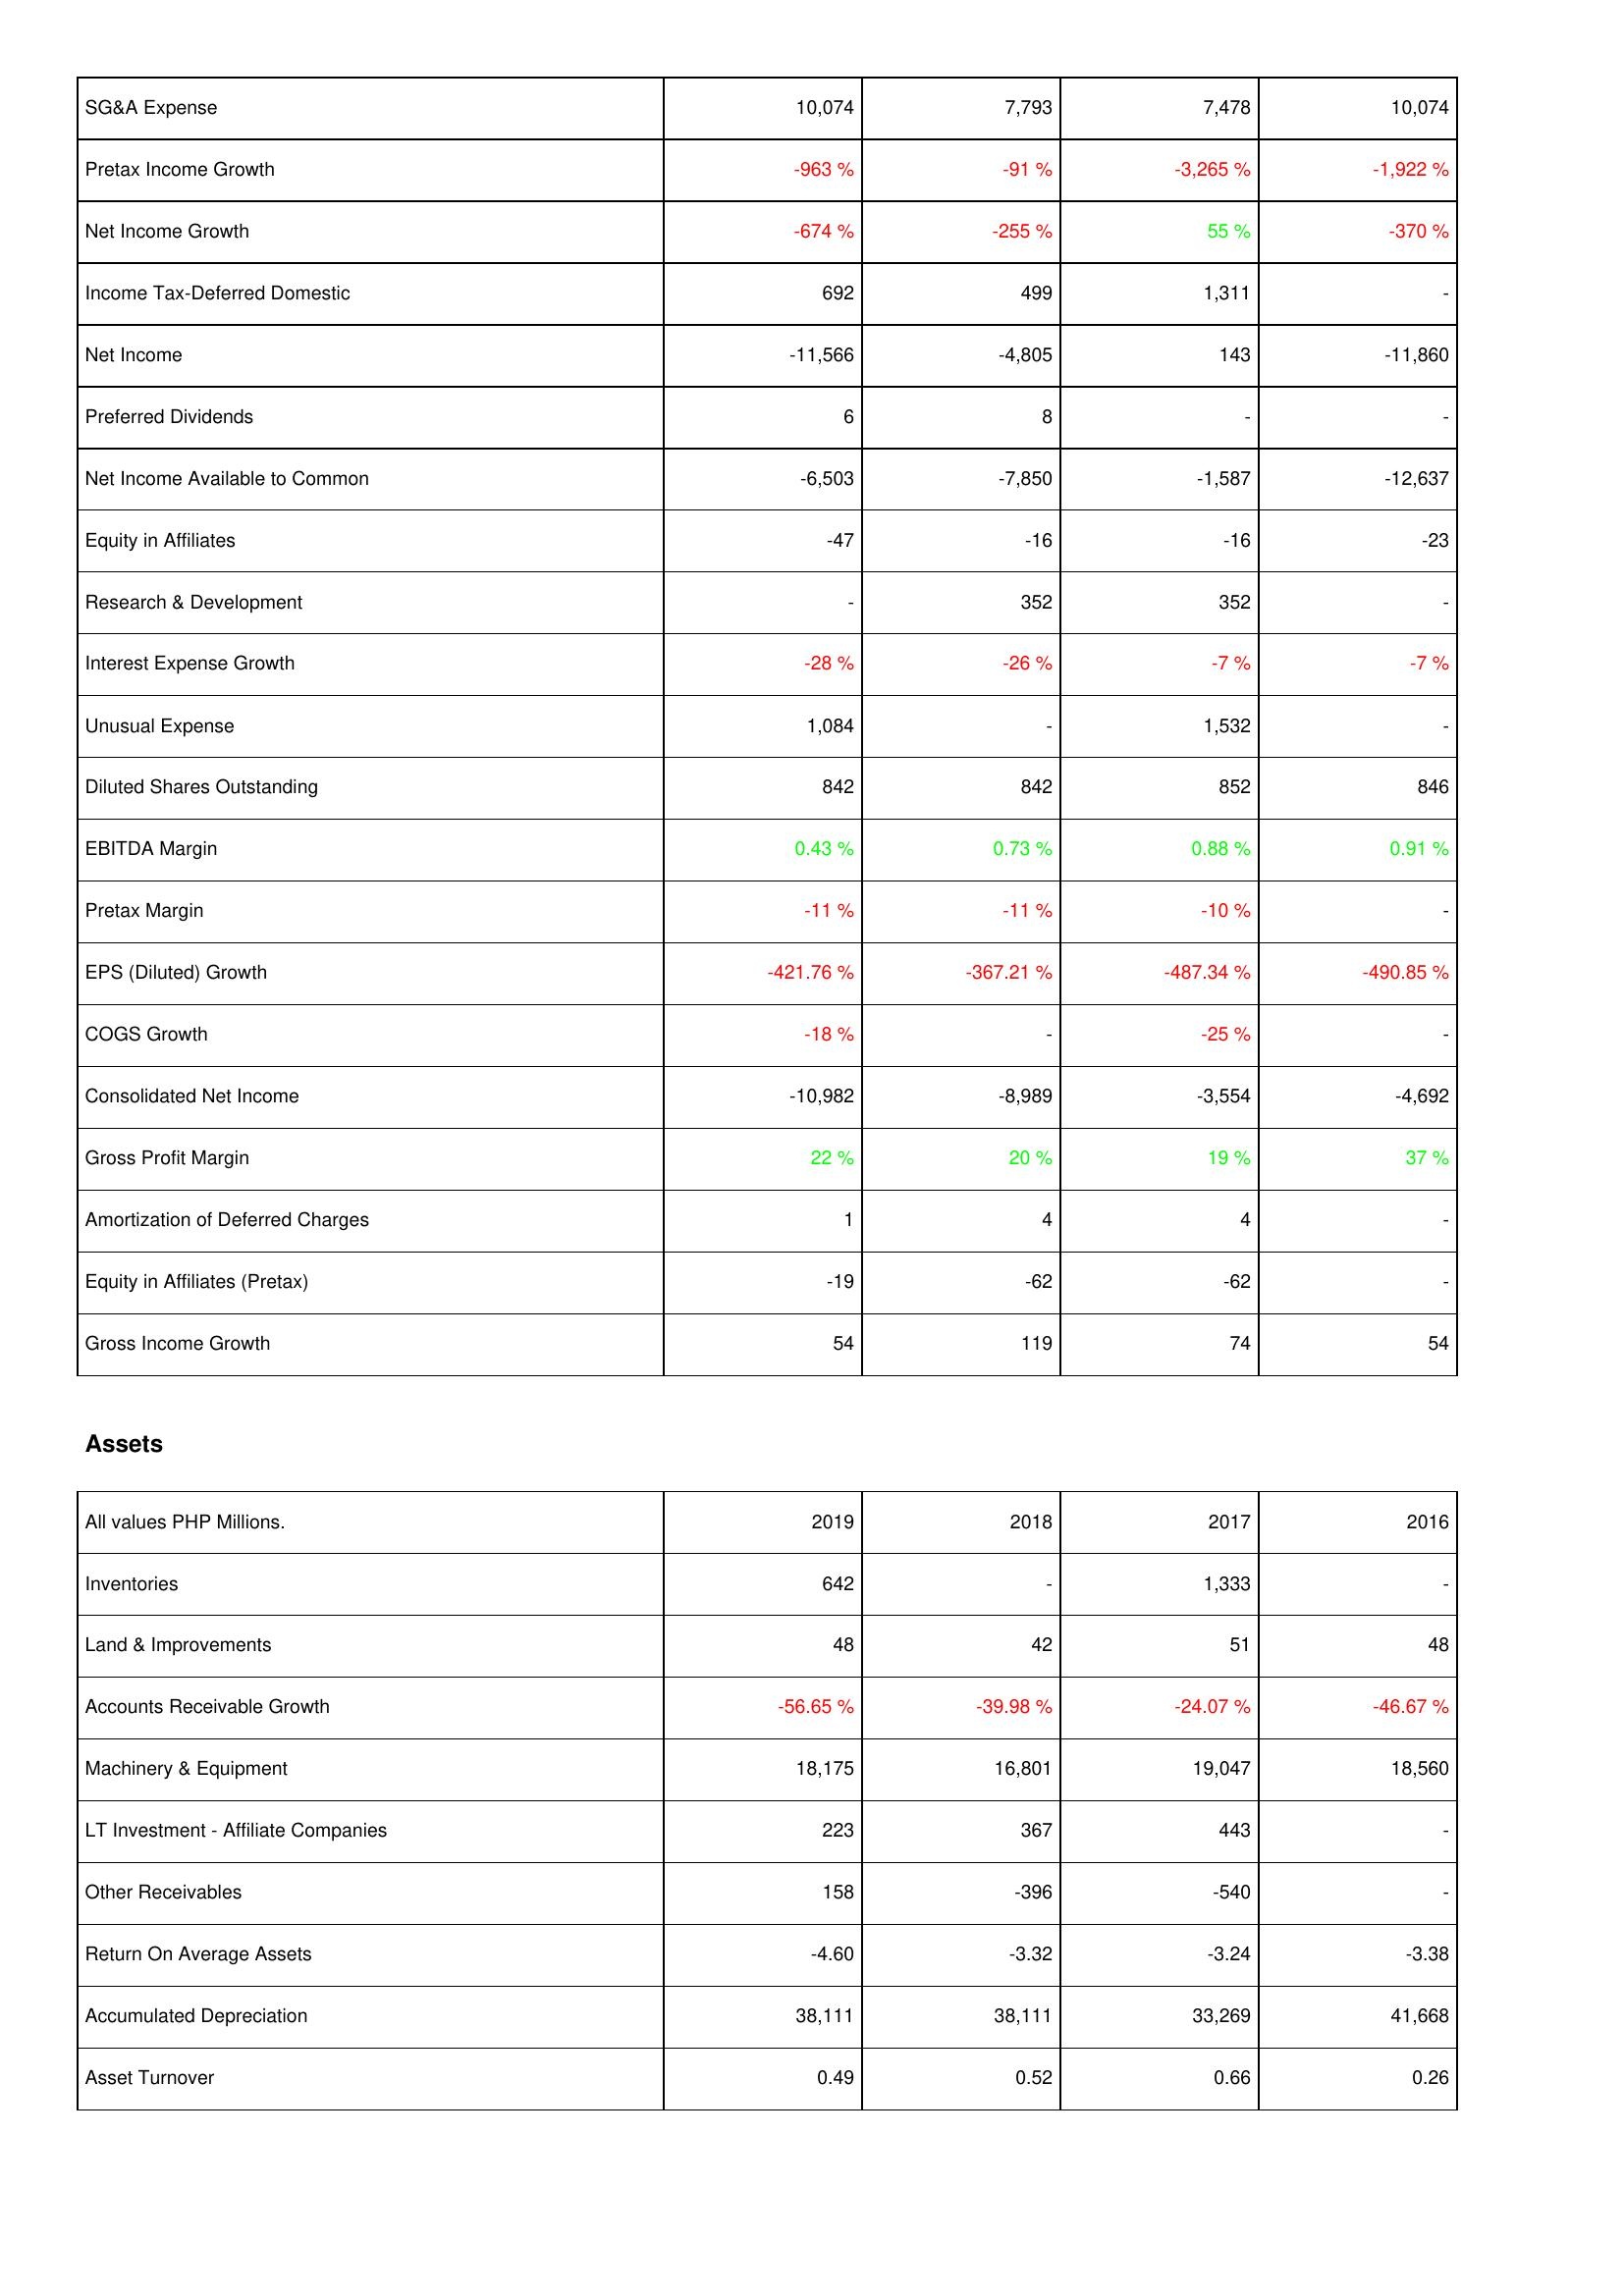
2019: Income Statement: SG&A Expense: 10,074
Pretax Income Growth: -963 %
Net Income Growth: -674 %
Income Tax-Deferred Domestic: 692
Net Income: -11,566
Preferred Dividends: 6
Net Income Available to Common: -6,503
Equity in Affiliates: -47
Research & Development: -
Interest Expense Growth: -28 %
Unusual Expense: 1,084
Diluted Shares Outstanding: 842
EBITDA Margin: 0.43 %
Pretax Margin: -11 %
EPS (Diluted) Growth: -421.76 %
COGS Growth: -18 %
Consolidated Net Income: -10,982
Gross Profit Margin: 22 %
Amortization of Deferred Charges: 1
Equity in Affiliates (Pretax): -19
Gross Income Growth: 54
Assets: Inventories: 642
Land & Improvements: 48
Accounts Receivable Growth: -56.65 %
Machinery & Equipment: 18,175
LT Investment - Affiliate Companies: 223
Other Receivables: 158
Return On Average Assets: -4.60
Accumulated Depreciation: 38,111
Asset Turnover: 0.49
2018: Income Statement: SG&A Expense: 7,793
Pretax Income Growth: -91 %
Net Income Growth: -255 %
Income Tax-Deferred Domestic: 499
Net Income: -4,805
Preferred Dividends: 8
Net Income Available to Common: -7,850
Equity in Affiliates: -16
Research & Development: 352
Interest Expense Growth: -26 %
Unusual Expense: -
Diluted Shares Outstanding: 842
EBITDA Margin: 0.73 %
Pretax Margin: -11 %
EPS (Diluted) Growth: -367.21 %
COGS Growth: -
Consolidated Net Income: -8,989
Gross Profit Margin: 20 %
Amortization of Deferred Charges: 4
Equity in Affiliates (Pretax): -62
Gross Income Growth: 119
Assets: Inventories: -
Land & Improvements: 42
Accounts Receivable Growth: -39.98 %
Machinery & Equipment: 16,801
LT Investment - Affiliate Companies: 367
Other Receivables: -396
Return On Average Assets: -3.32
Accumulated Depreciation: 38,111
Asset Turnover: 0.52
2017: Income Statement: SG&A Expense: 7,478
Pretax Income Growth: -3,265 %
Net Income Growth: 55 %
Income Tax-Deferred Domestic: 1,311
Net Income: 143
Preferred Dividends: -
Net Income Available to Common: -1,587
Equity in Affiliates: -16
Research & Development: 352
Interest Expense Growth: -7 %
Unusual Expense: 1,532
Diluted Shares Outstanding: 852
EBITDA Margin: 0.88 %
Pretax Margin: -10 %
EPS (Diluted) Growth: -487.34 %
COGS Growth: -25 %
Consolidated Net Income: -3,554
Gross Profit Margin: 19 %
Amortization of Deferred Charges: 4
Equity in Affiliates (Pretax): -62
Gross Income Growth: 74
Assets: Inventories: 1,333
Land & Improvements: 51
Accounts Receivable Growth: -24.07 %
Machinery & Equipment: 19,047
LT Investment - Affiliate Companies: 443
Other Receivables: -540
Return On Average Assets: -3.24
Accumulated Depreciation: 33,269
Asset Turnover: 0.66
2016: Income Statement: SG&A Expense: 10,074
Pretax Income Growth: -1,922 %
Net Income Growth: -370 %
Income Tax-Deferred Domestic: -
Net Income: -11,860
Preferred Dividends: -
Net Income Available to Common: -12,637
Equity in Affiliates: -23
Research & Development: -
Interest Expense Growth: -7 %
Unusual Expense: -
Diluted Shares Outstanding: 846
EBITDA Margin: 0.91 %
Pretax Margin: -
EPS (Diluted) Growth: -490.85 %
COGS Growth: -
Consolidated Net Income: -4,692
Gross Profit Margin: 37 %
Amortization of Deferred Charges: -
Equity in Affiliates (Pretax): -
Gross Income Growth: 54
Assets: Inventories: -
Land & Improvements: 48
Accounts Receivable Growth: -46.67 %
Machinery & Equipment: 18,560
LT Investment - Affiliate Companies: -
Other Receivables: -
Return On Average Assets: -3.38
Accumulated Depreciation: 41,668
Asset Turnover: 0.26